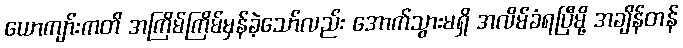
ယောကျာ်းကတိ အကြိမ်ကြိမ်မှန်ခဲ့သော်လည်း အောက်သွားမရှိ အလိမ်ခံရပြီမို့ အချိန်တန်